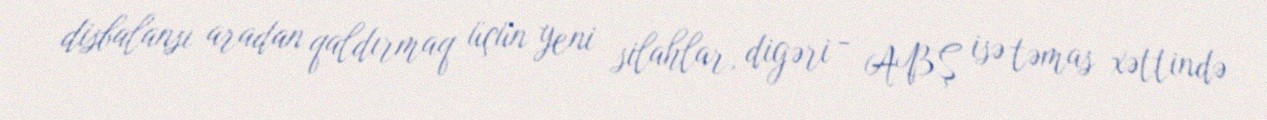
disbalansı aradan qaldırmaq üçün yeni silahlar, digəri - ABŞ isə təmas xəttində